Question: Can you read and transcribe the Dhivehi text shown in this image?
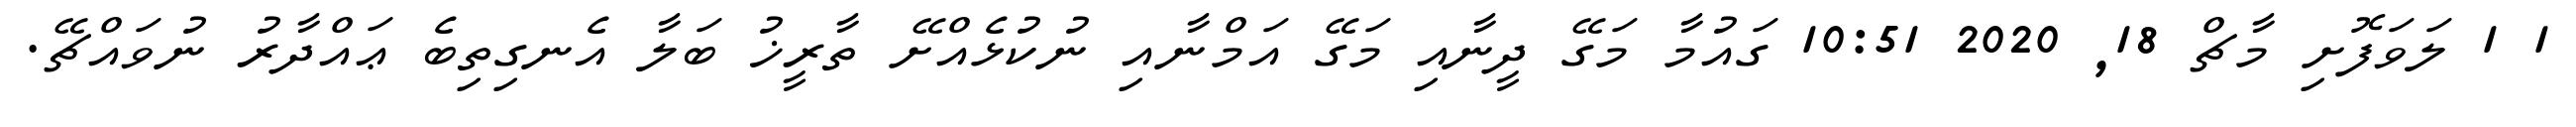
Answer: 1 1 ލަވަފޮށި މާޗް 18, 2020 10:51 ގައުމާ މަގޭ ދީނާއި މަގޭ އަމްނާއި ނުކުޅެއްށޭ ތާރީޚު ބަލާ އެނގިތިބެ ޢައްދާރު ނުވައްޗޭ.